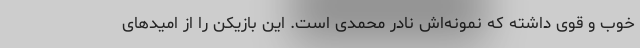
خوب و قوی داشته که نمونه‌اش نادر محمدی است. این بازیکن را از امیدهای